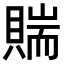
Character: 𧶲